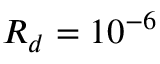
R _ { d } = 1 0 ^ { - 6 }